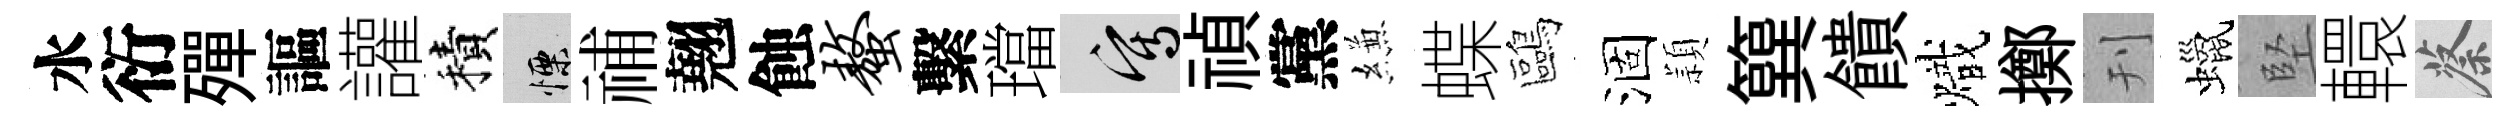
水衍殫謳讙積慄𥙷翹蝕螯繫璫寫禎黨縑蝶鷗涸頴簨饋熾擲刊蠟堅轘蔡